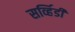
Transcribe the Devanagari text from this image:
सर्व्हिडी